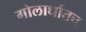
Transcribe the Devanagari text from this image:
गोलार्धातच